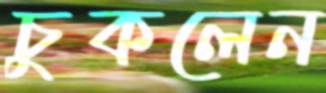
চুকলেন